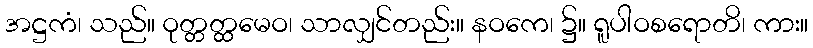
အဋ္ဌကံ၊ သည်။ ဝုတ္တတ္ထမေဝ၊ သာလျှင်တည်း။ နဝကေ၊ ၌။ ရူပါဝစရောတိ၊ ကား။